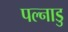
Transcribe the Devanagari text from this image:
पल्नाडु